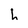
Character: h